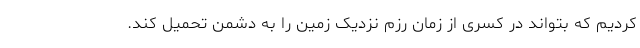
کردیم که بتواند در کسری از زمان رزم نزدیک زمین را به دشمن تحمیل کند.